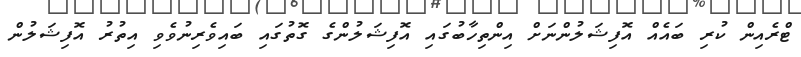
ޓްރެއިން ކުރި ބައެއް އޮފިޝަލުންނަށް އިންތިހާބުގައި އޮފިޝަލުންގެ ގޮތުގައި ބައިވެރިނުވެވި އިތުރު އޮފިޝަލުން